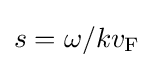
s=\omega /{kv_{\rm {F}}}